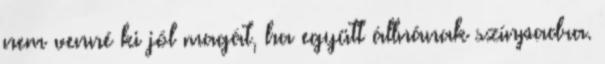
nem venné ki jól magát, ha együtt állnának színpadra.